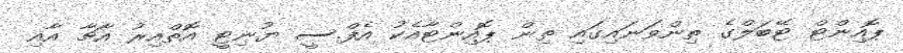
ޕޮއިންޓް ޓޭބަލްގެ ތިންވަނައިގައި ތިން ޕޮއިންޓާއެކު އެފް.ސީ ޔުނިޓީ އޮތްއިރު އާޗާ އާއި